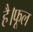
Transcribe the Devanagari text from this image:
है।फूल